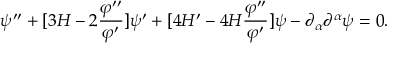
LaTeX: \psi ^ { \prime \prime } + [ 3 { \cal H } - 2 \frac { \varphi ^ { \prime \prime } } { \varphi ^ { \prime } } ] \psi ^ { \prime } + [ 4 { \cal H } ^ { \prime } - 4 { \cal H } \frac { \varphi ^ { \prime \prime } } { \varphi ^ { \prime } } ] \psi - \partial _ { \alpha } \partial ^ { \alpha } \psi = 0 .